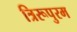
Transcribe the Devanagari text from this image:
त्रिरूपुरम